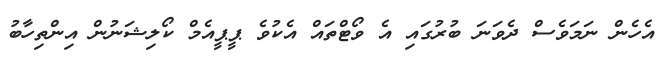
އެހެން ނަމަވެސް ދެވަނަ ބުރުގައި އެ ވޯޓްތައް އެކުވެ ޕީޕީއެމް ކޯލިޝަނުން އިންތިހާބު